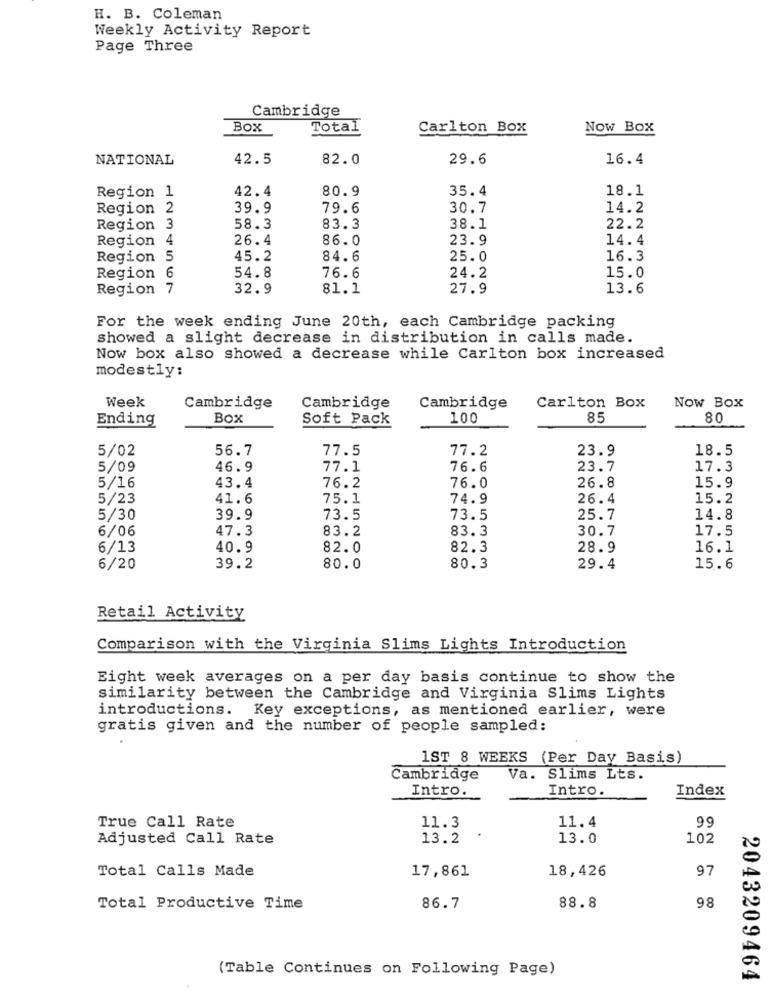
H. B. Coleman
Weekly Activity Report
Page Three
Cambridge
Box
Total
Carlton Box
Now Box
NATIONAL
42.5
82.0
29.6
16.4
42.4
80.9
35.4
18.1
Region 1
Region 2
39.9
79.6
30.7
14.2
Region 3
58.3
83.3
38.1
22.2
Region 4
26.4
86.0
23.9
14.4
Region 5
45.2
84.6
25.0
16.3
Region 6
54.8
76.6
24.2
15.0
Region 7
32.9
81.1
27.9
13.6
For the week ending June 20th, each Cambridge packing
showed a slight decrease in distribution in calls made.
Now box also showed a decrease while Carlton box increased
modestly:
Week
Cambridge
Cambridge
Cambridge
Carlton Box
Now Box
Ending
Box
Soft Pack
100
85
80
5/02
56.7
77.5
77.2
23.9
18.5
5/09
46.9
77.1
76.6
23.7
17.3
43.4
26.8
15.9
5/16
76.2
76.0
5/23
41.6
75.1
74.9
26.4
15.2
5/30
39.9
73.5
73.5
25.7
14.8
6/06
47.3
83.2
83.3
30.7
17.5
6/13
40.9
82.0
82.3
28.9
16.1
6/20
39.2
80.0
80.3
29.4
15.6
Retail Activity
Comparison with the Virginia Slims Lights Introduction
Eight week averages on a per day basis continue to show the
similarity between the Cambridge and Virginia Slims Lights
introductions. Key exceptions, as mentioned earlier, were
gratis given and the number of people sampled:
1ST 8 WEEKS (Per Day Basis)
Cambridge
Va. Slims Lts.
Intro.
Index
Intro.
11.3
11.4
99
True Call Rate
Adjusted Call Rate
13.2
13.0
102
Total Calls Made
18,426
97
17,861
88.8
Total Productive Time
86.7
98
(Table Continues on Following Page)
2043209464